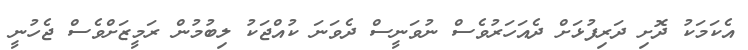
އެކަމަކު ދޮށި ދަރިފުޅަށް ދެއަހަރުވެސް ނުވަނީސް ދެވަނަ ކުއްޖަކު ލިބުމުން ރަމީޒަށްވެސް ޖެހުނީ